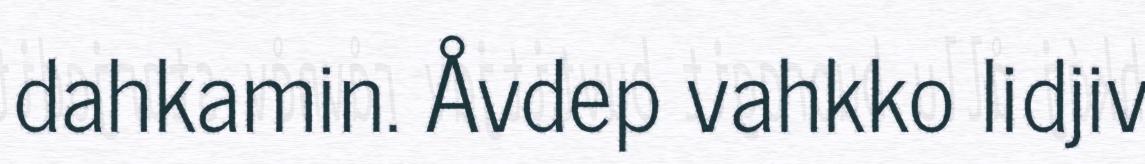
dahkamin. Åvdep vahkko lidjiv